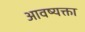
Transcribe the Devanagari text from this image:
आवष्यक्ता